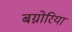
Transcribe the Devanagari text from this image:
बग्नोरिया